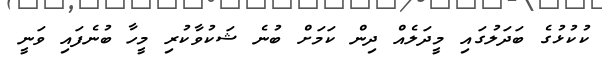
ކުކުޅުގެ ބަދަލުގައި މީދަލެއް ދިން ކަމަށް ބުނެ ޝަކުވާކުރި މީހާ ބުނެފައި ވަނީ